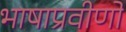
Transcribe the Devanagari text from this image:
भाषाप्रवीणों